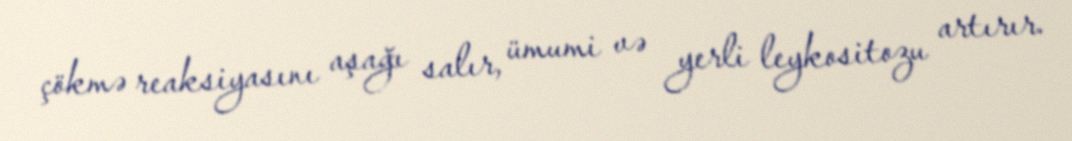
çökmə reaksiyasını aşağı salır, ümumi və yerli leykositozu artırır.